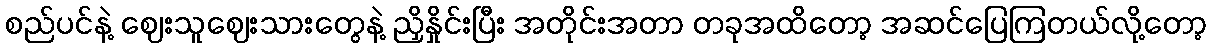
စည်ပင်နဲ့ ဈေးသူဈေးသားတွေနဲ့ ညှိနှိုင်းပြီး အတိုင်းအတာ တခုအထိတော့ အဆင်ပြေကြတယ်လို့တော့